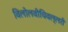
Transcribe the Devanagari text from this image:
विलोलवीचिवल्लरी